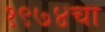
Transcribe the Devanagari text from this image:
१९७४चा